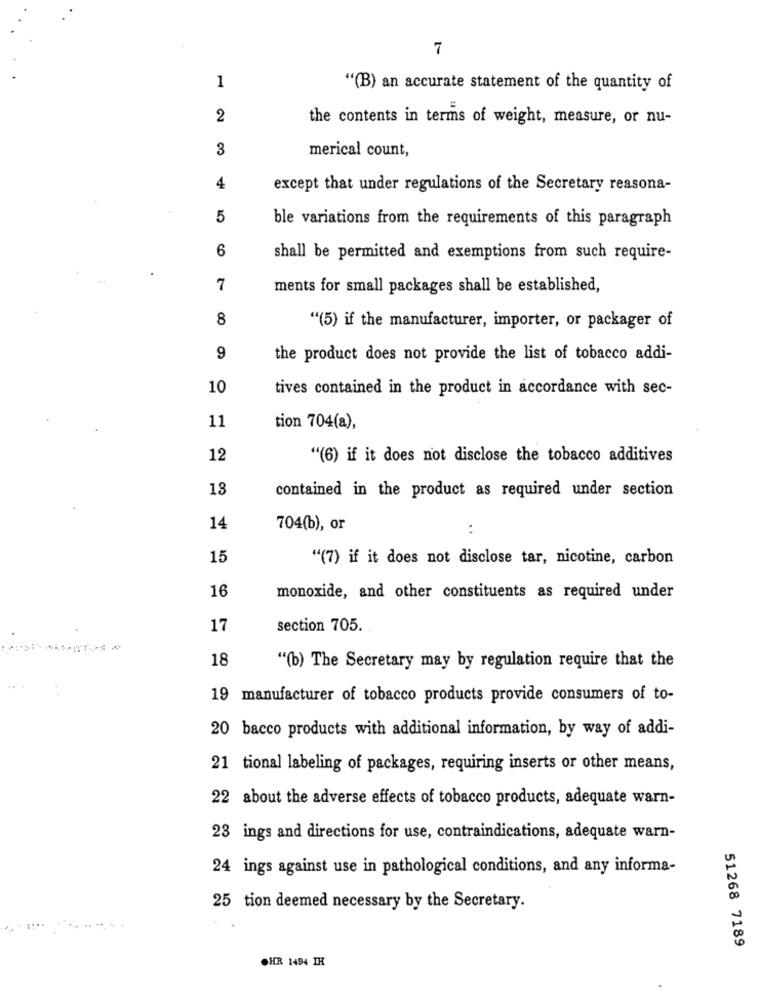
7
1
"(B) an accurate statement of the quantity of
2
the contents in terms of weight, measure, or nu-
3
merical count,
4
except that under regulations of the Secretary reasona-
5
ble variations from the requirements of this paragraph
6
shall be permitted and exemptions from such require-
7
ments for small packages shall be established,
8
"(5) if the manufacturer, importer, or packager of
9
the product does not provide the list of tobacco addi-
10
tives contained in the product in accordance with sec-
11
tion 704(a),
12
"(6) if it does not disclose the tobacco additives
13
contained in the product as required under section
14
704(b), or
15
"(7) if it does not disclose tar, nicotine, carbon
16
monoxide, and other constituents as required under
17
section 705.
18
"(b) The Secretary may by regulation require that the
19 manufacturer of tobacco products provide consumers of to-
20 bacco products with additional information, by way of addi-
21 tional labeling of packages, requiring inserts or other means,
22 about the adverse effects of tobacco products, adequate warn-
23 ings and directions for use, contraindications, adequate warn-
24 ings against use in pathological conditions, and any informa-
25 tion deemed necessary by the Secretary.
51268 7189
OHR 1494 IH